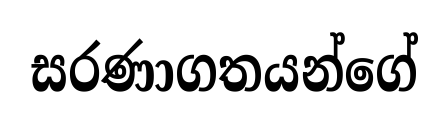
සරණාගතයන්ගේ